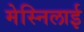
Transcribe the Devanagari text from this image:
मेस्निलाई